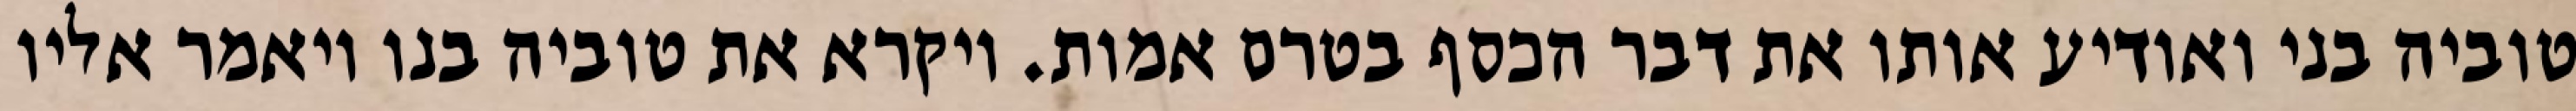
טוביה בני ואודיע אותו את דבר הכסף בטרם אמות. ויקרא את טוביה בנו ויאמר אליו